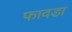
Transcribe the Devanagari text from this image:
फावडा